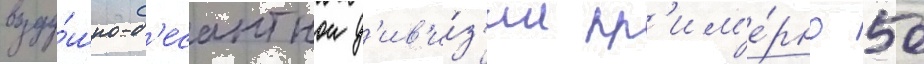
возду́шно-д'есантнои д'ив'и́з'ии пр'им'е́рно 50